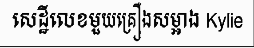
សេដ្ឋីលេខមួយគ្រឿងសម្អាង Kylie